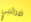
ضرائبي